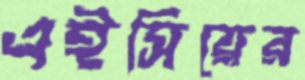
এইসিয়ের